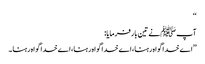
‘‘
آپ ﷺنے تین بار فرمایا:
’’اے خدا گواہ رہنا،اے خدا گواہ رہنا،اے خدا گواہ رہنا ۔